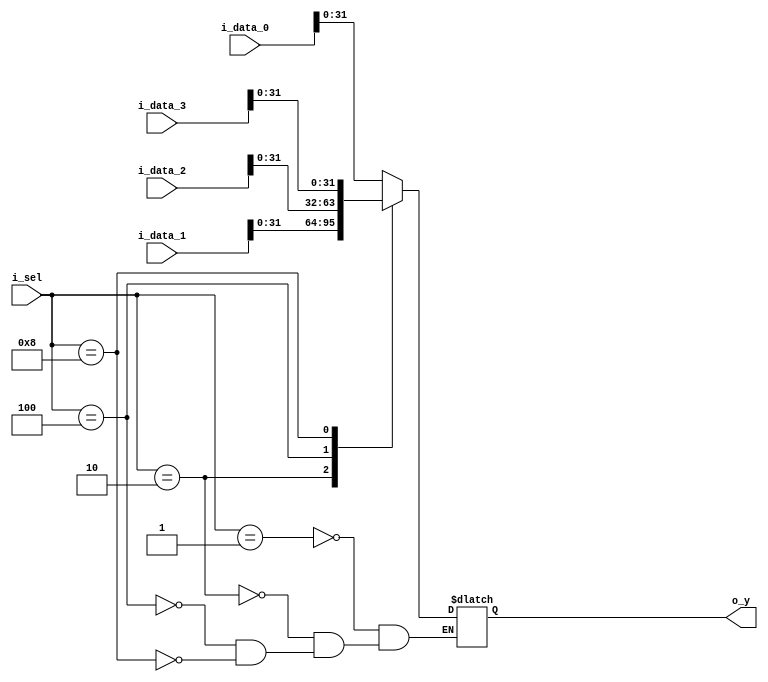
module mux_4x1 
#( 
   parameter WAYS = 4,
   parameter LINE_SIZE_BYTES = 4,
   parameter LRU_BITS = 1,
   parameter VALID_BITS = 1,
   parameter DIRTY_BITS = 1,
   parameter TAG_BITS = 18
)
(
  input [(VALID_BITS + LRU_BITS + DIRTY_BITS + TAG_BITS + (LINE_SIZE_BYTES * 8))- 1 : 0]  i_data_0,
  input [(VALID_BITS + LRU_BITS + DIRTY_BITS + TAG_BITS + (LINE_SIZE_BYTES * 8))- 1 : 0]  i_data_1,
  input [(VALID_BITS + LRU_BITS + DIRTY_BITS + TAG_BITS + (LINE_SIZE_BYTES * 8))- 1 : 0]  i_data_2,
  input [(VALID_BITS + LRU_BITS + DIRTY_BITS + TAG_BITS + (LINE_SIZE_BYTES * 8))- 1 : 0]  i_data_3,
  input [WAYS - 1: 0]      i_sel,
  output [(LINE_SIZE_BYTES * 8) - 1 : 0] o_y 
);

reg [(LINE_SIZE_BYTES * 8) - 1 : 0] r_y;
assign o_y = r_y;

always @(*) begin
    case (i_sel) 
        4'b0001: r_y <= i_data_0;
        4'b0010: r_y <= i_data_1;
        4'b0100: r_y <= i_data_2;
        4'b1000: r_y <= i_data_3;
    endcase
end
endmodule